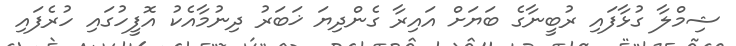
ޝިމްލާ ގުޅާފައި ރުބީނާގެ ބަޔަށް އައިރާ ގެންދިޔަ ޚަބަރު ދިނުމާއެކު އޮފީހުގައި ހުރެފައި